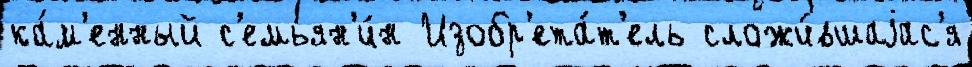
ка́м'енный с'емьян'и́н Изобр'ета́т'ель сложи́вшаjас'я